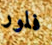
فلور